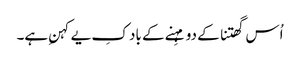
اُس گھتنا کے دو مہِنے کے باد کِ یے کہنِ ہے۔